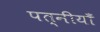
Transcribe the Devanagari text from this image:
पत्नीयाँ